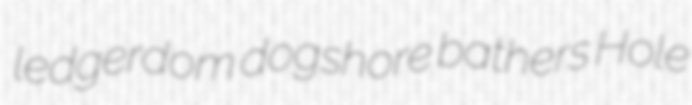
ledgerdom dogshore bathers Hole